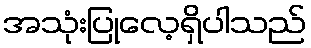
အသုံးပြုလေ့ရှိပါသည်